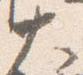
大